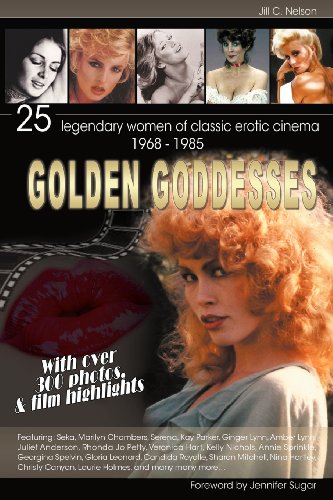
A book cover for Golden Goddesses: 25 Legendary Women of Classic Erotic Cinema, 1968-1985; Jill C. Nelson; Politics & Social Sciences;